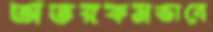
অতরকমভাবে